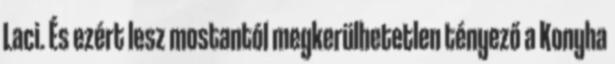
Laci. És ezért lesz mostantól megkerülhetetlen tényező a Konyha